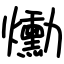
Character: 爋